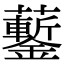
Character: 𧅀